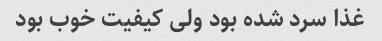
غذا سرد شده بود ولی کیفیت خوب بود